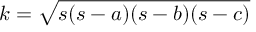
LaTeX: k = { \sqrt { s ( s - a ) ( s - b ) ( s - c ) } }